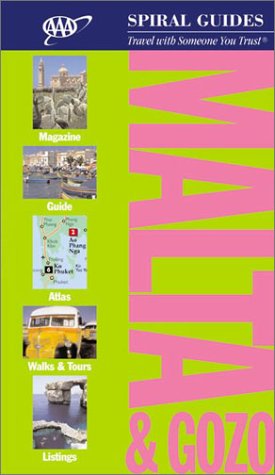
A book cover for Malta & Gozo: Travel with Someone You Trust (AAA Spiral Guides); AAA; Travel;